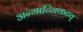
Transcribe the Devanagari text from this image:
अन्गाटिक्कटव्